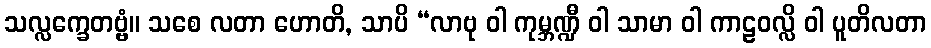
သလ္လက္ခေတဗ္ဗံ။ သစေ လတာ ဟောတိ, သာပိ “လာဗု ဝါ ကုမ္ဘဏ္ဍီ ဝါ သာမာ ဝါ ကာဠဝလ္လိ ဝါ ပူတိလတာ